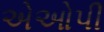
એઓપી